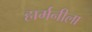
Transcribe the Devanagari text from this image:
हार्मनीला